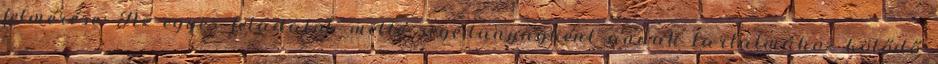
felmérése: Az egyes feladatok mellé segédanyagként annak tartalmához kötődő